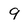
Character: 9